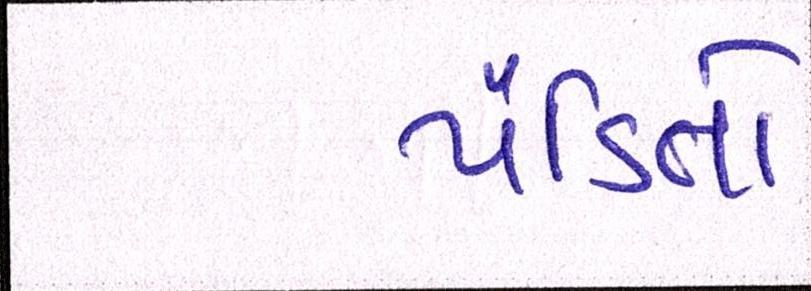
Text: પંડિતો